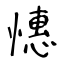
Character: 憓